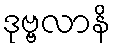
ဒုဗ္ဗလာနိ